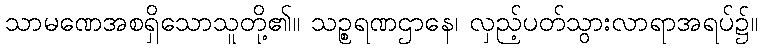
သာမဏေအစရှိသောသူတို့၏။ သဉ္စရဏဌာနေ၊ လှည့်ပတ်သွားလာရာအရပ်၌။